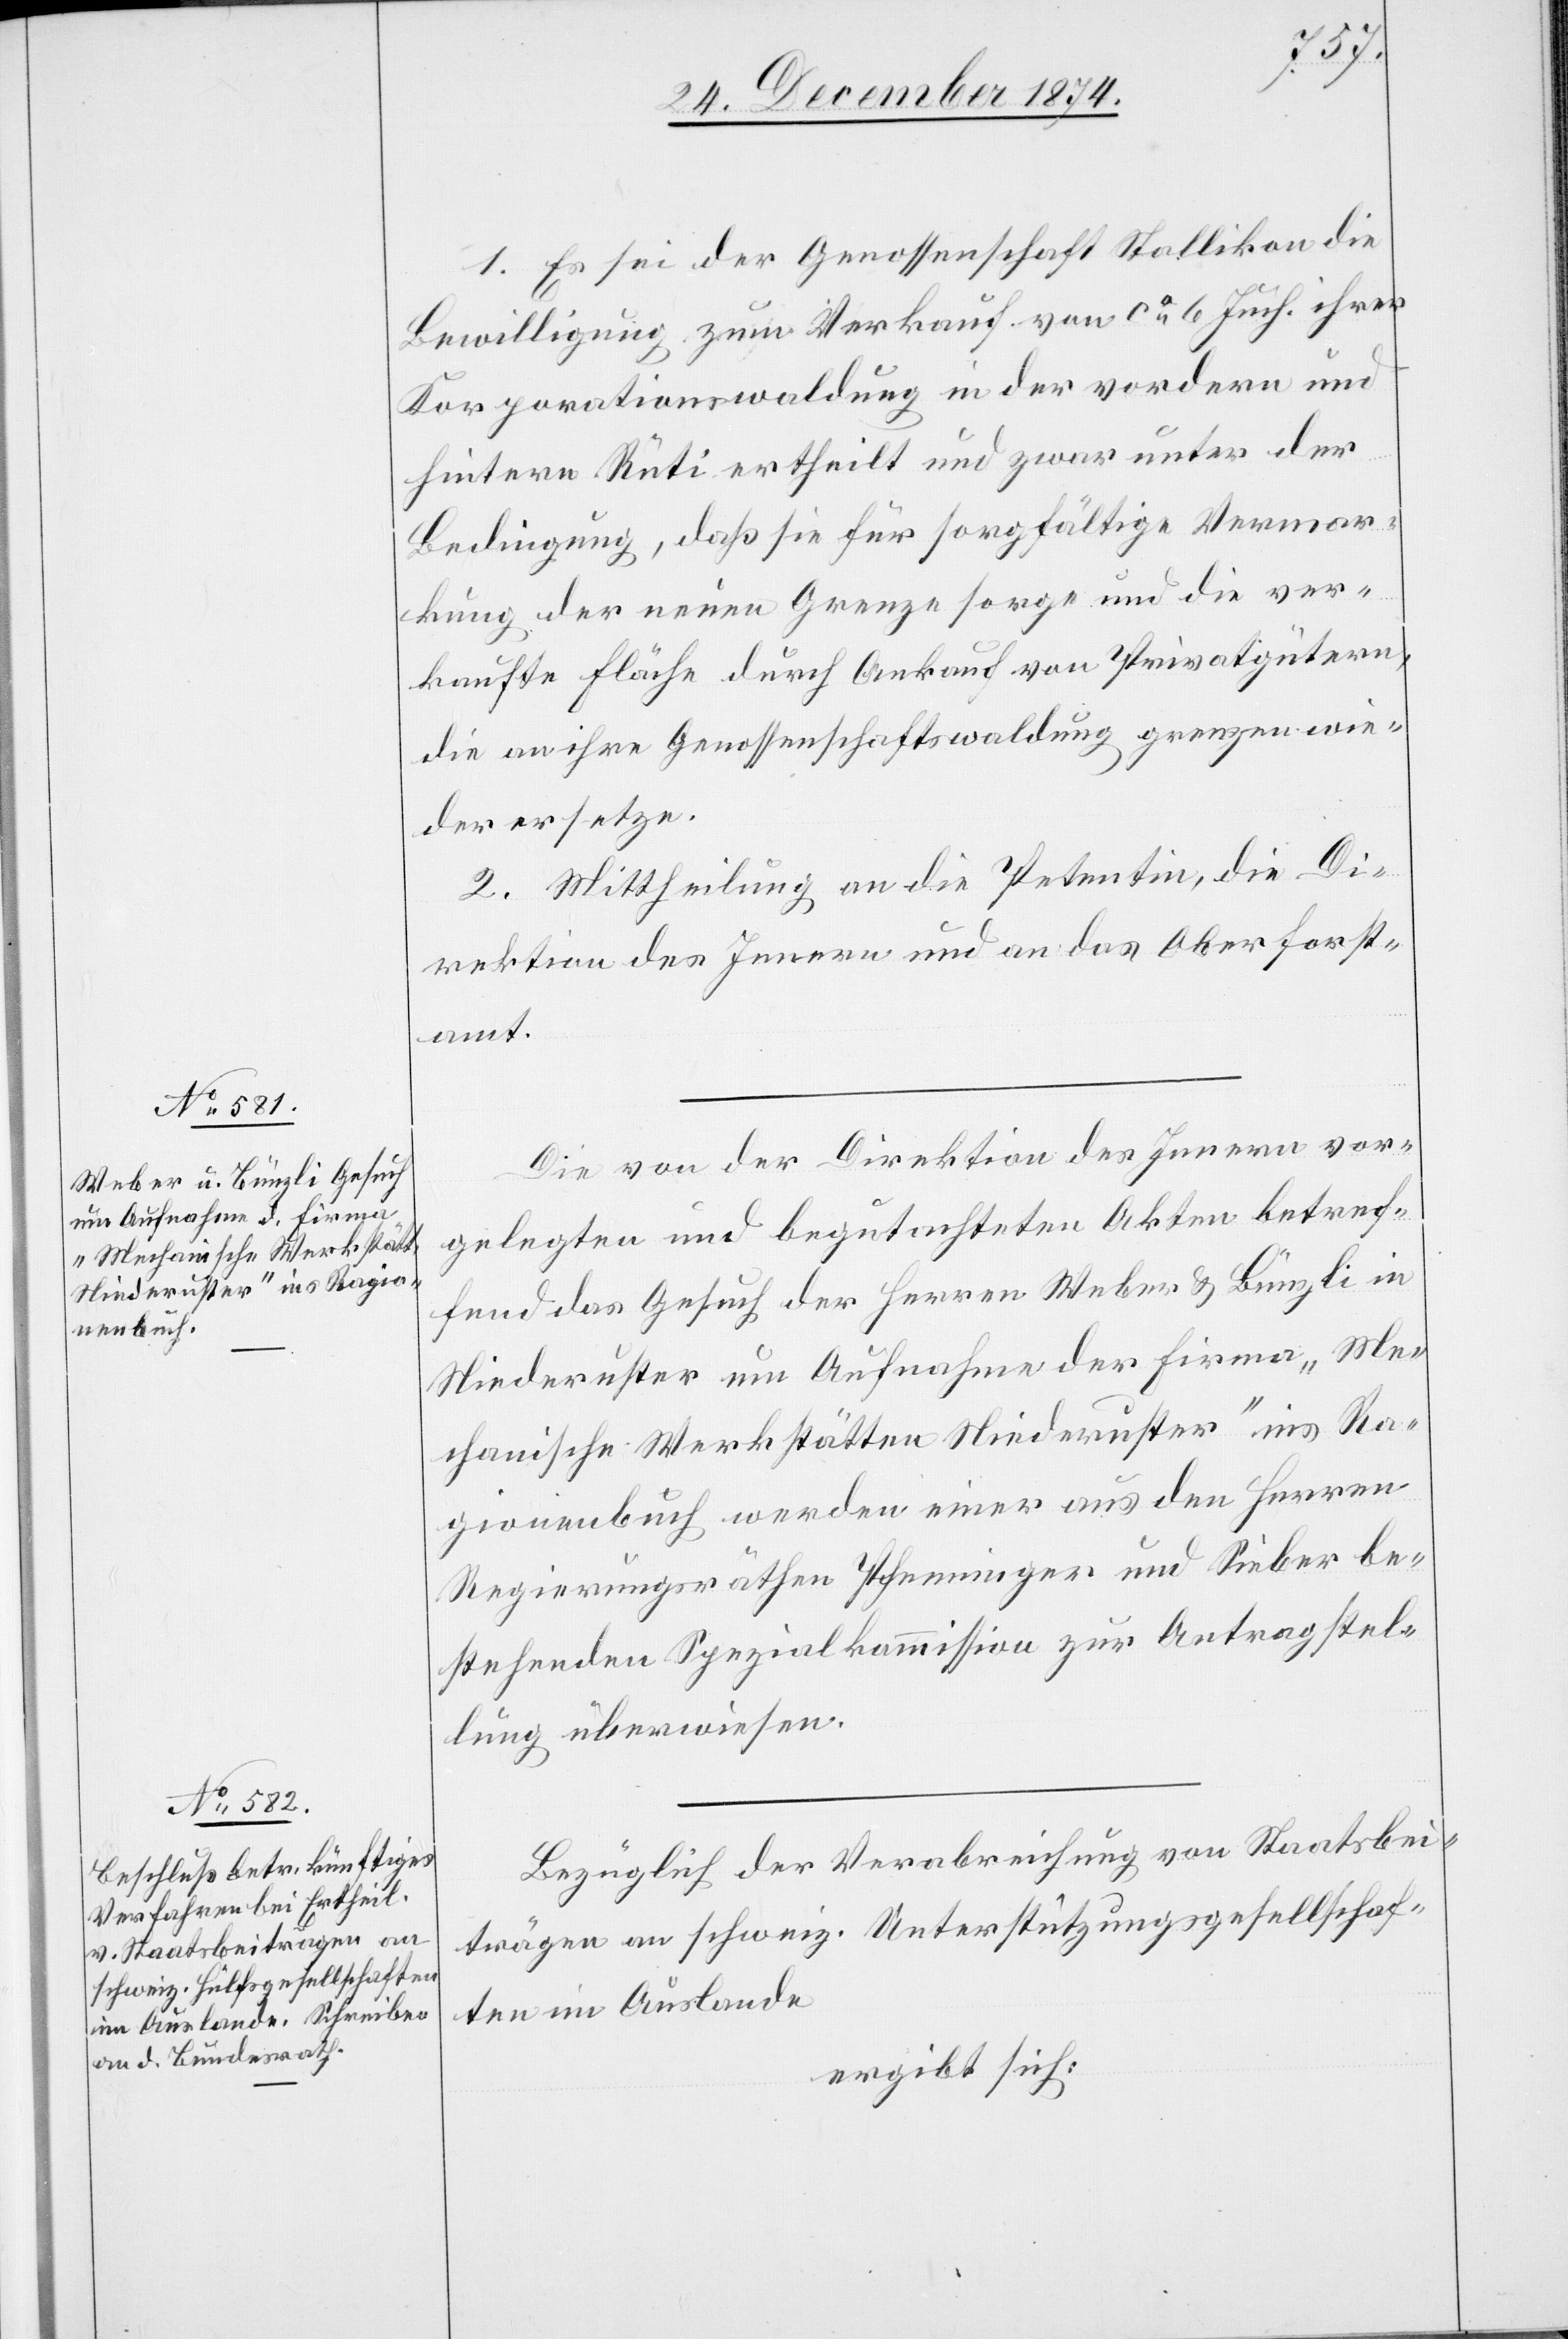
1. Es sei der Genossenschaft Stallikon die
Bewilligung zum Verkauf von ca 6 Juch. ihrer
Korporationswaldung in der vordern und
hintern Rüti ertheilt und zwar unter der
Bedingung, daß sie für sorgfältige Vermar¬
kung der neuen Grenze sorge und die ver¬
kaufte Fläche durch Ankauf von Privatgütern,
die an ihre Genossenschaftswaldung grenze wie¬
der ersetze.
2. Mittheilung an die Petentin, die Di¬
rektion des Innern und an das Oberforst¬
amt.
Die von der Direktion des Innern vor¬
gelegten und begutachteten Akten betref¬
fend das Gesuch der Herren Weber & Bürgli in
Niederuster um Aufnahme der Firma „Me¬
chanische Werkstätten Niederuster“ ins Ra¬
gionenbuch werden einer aus den Herren
Regierungsräthen Pfenninger und Sieber be¬
stehenden Spezialkommission zur Antragstel¬
lung überwiesen.
Bezüglich der Verabreichung von Staatsbei¬
trägen an schweiz. Unterstützungsgesellschaf¬
ten im Auslande
ergibt sich: